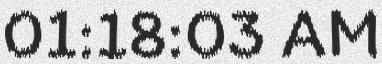
01:18:03 AM